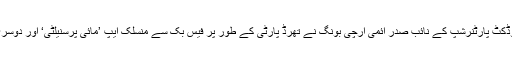
میڈیا رپورٹس کے مطابق فیس بک کے پروڈکٹ پارٹنرشپ کے نائب صدر ائمی آرچی بونگ نے تھرڈ پارٹی کے طور پر فیس بک سے منسلک ایپ ’مائی پرسنیلٹی‘ اور دوسری سیکڑوں ایپس پر پابندی کا اعلان کیا ہے۔